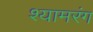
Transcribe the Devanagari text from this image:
श्यामरंग